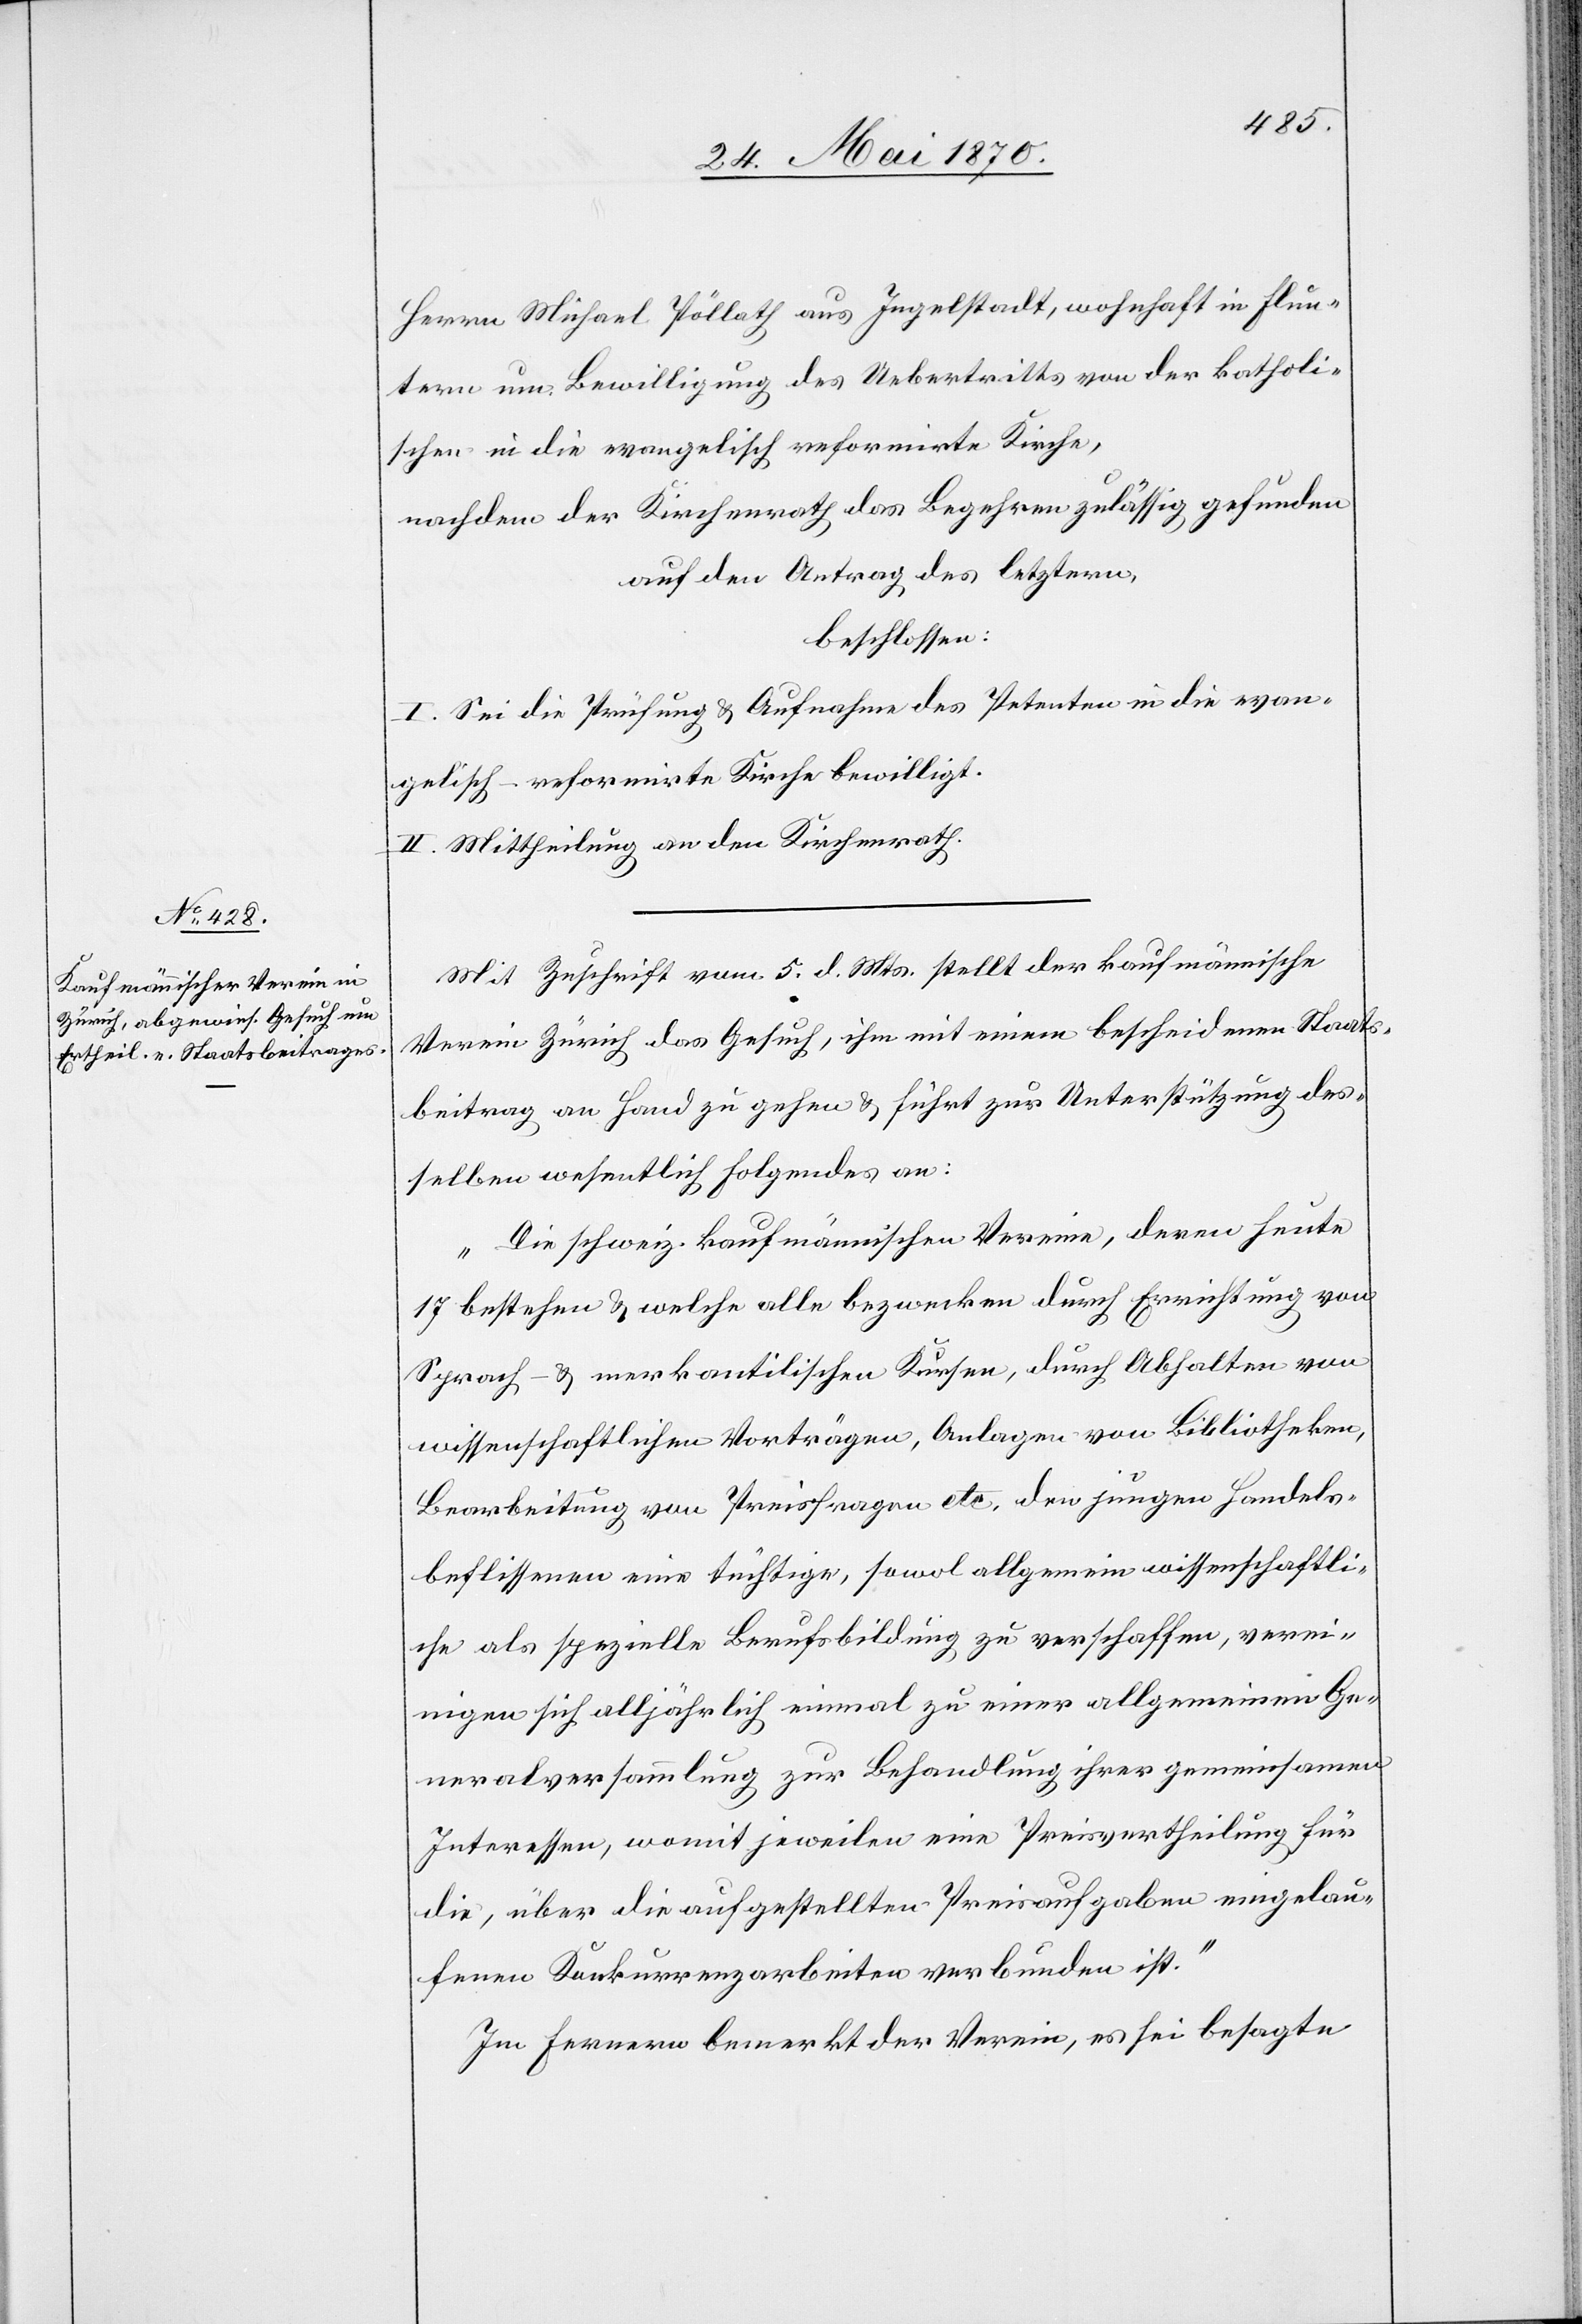
Herrn Michael Pöllath [sic!] aus Ingelstadt, wohnhaft in Flun¬
tern um Bewilligung des Uebertritts von der katholi¬
schen in die evangelisch reformirte Kirche,
nachdem der Kirchenrath das Begehren zulässig gefunden
auf den Antrag des letztern,
beschlossen:
I. Sei die Prüfung & Aufnahme des Petenten in die evan¬
gelisch-reformirte Kirche bewilligt.
II. Mittheilung an den Kirchenrath.
Mit Zuschrift vom 5. d. Mts. stellt der kaufmännische
Verein Zürich das Gesuch, ihm mit einem bescheidenen Staats¬
beitrag an Hand zu gehen & sichert zur Unterstützung des¬
selben wesentlich Folgendes an:
„Die schweiz. kaufmännischen Vereine, deren heute
17 bestehen & welche alle bezwecken durch Errichtung von
Sprach- & merkantilischen Kursen, durch Abhalten von
wissenschaftlichen Vorträgen, Anlagen von Bibliotheken,
Bearbeitung von Preisfragen etc. den jungen Handels¬
beflissenen eine tüchtige, sowol allgemein wissenschaftli¬
che als spezielle Berufsbildung zu verschaffen, verei¬
nigen sich alljährlich einmal zu einer allgemeinen Ge¬
neralversammlung zur Behandlung ihrer gemeinsamen
Interessen, womit jeweilen eine Preisvertheilung für
die, über die aufgestellten Preisaufgaben eingelau¬
fenen Konkurrenzarbeiten verbunden ist.“
Im Fernern bemerkt der Verein, es sei besagte